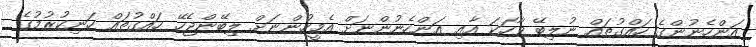
އަންހެނުންގެ ހައްގުތައް ނުލިބޭ ވާހަކަ އާއި އަންހެނުންނަށް އެމީހުންނަށް ލިބޭންޖެހޭ ހައްގުތައް ހަނިކުރުމުގެ